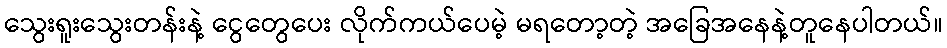
သွေးရူးသွေးတန်းနဲ့ ငွေတွေပေး လိုက်ကယ်ပေမဲ့ မရတော့တဲ့ အခြေအနေနဲ့တူနေပါတယ်။